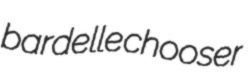
bardelle chooser